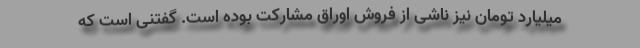
میلیارد تومان نیز ناشی از فروش اوراق مشارکت بوده است. گفتنی است که